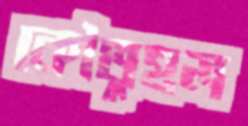
কৌতুহল